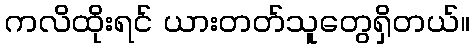
ကလိထိုးရင် ယားတတ်သူတွေရှိတယ်။